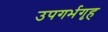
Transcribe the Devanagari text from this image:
उपगर्भगृह